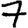
Digit: 7